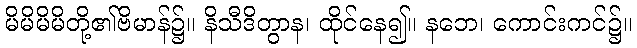
မိမိမိမိတို့၏ဗိမာန်၌။ နိသီဒိတွာန၊ ထိုင်နေ၍။ နဘေ၊ ကောင်းကင်၌။